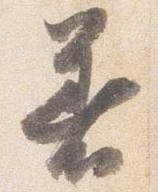
着